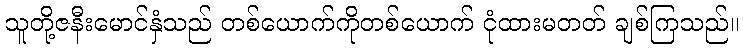
သူတို့ဇနီးမောင်နှံသည် တစ်ယောက်ကိုတစ်ယောက် ငုံထားမတတ် ချစ်ကြသည်။